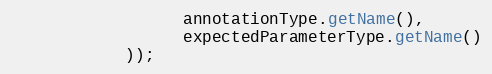
Language: Java
                  annotationType.getName(),
                  expectedParameterType.getName()
            ));